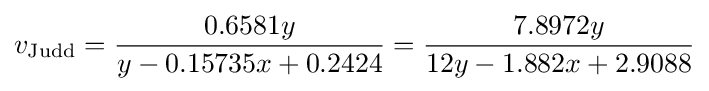
v_{\rm {Judd}}={\frac {0.6581y}{y-0.15735x+0.2424}}={\frac {7.8972y}{12y-1.882x+2.9088}}